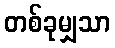
တစ်ခုမျှသာ